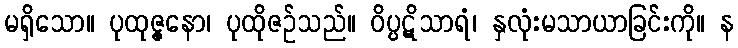
မရှိသော။ ပုထုဇ္ဇနော၊ ပုထိုဇဉ်သည်။ ဝိပ္ပဋိသာရံ၊ နှလုံးမသာယာခြင်းကို။ န